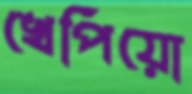
খেপিয়ো